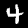
Label: 4